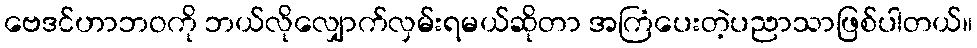
ဗေဒင်ဟာဘဝကို ဘယ်လိုလျှောက်လှမ်းရမယ်ဆိုတာ အကြံပေးတဲ့ပညာသာဖြစ်ပါတယ်။